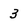
Character: 3